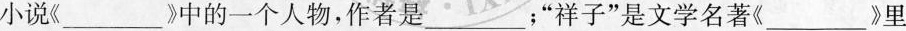
小说《___》中的一个人物，作者是___；”祥子”是文学名著《___》里